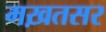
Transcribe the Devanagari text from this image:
मख़तसर